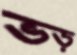
ভড়